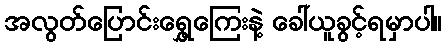
အလွတ်ပြောင်းရွှေ့ကြေးနဲ့ ခေါ်ယူခွင့်ရမှာပါ။